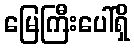
မြေကြီးပေါ်ရှိ